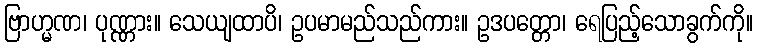
ဗြာဟ္မဏ၊ ပုဏ္ဏား။ သေယျထာပိ၊ ဥပမာမည်သည်ကား။ ဥဒပတ္တော၊ ရေပြည့်သောခွက်ကို။